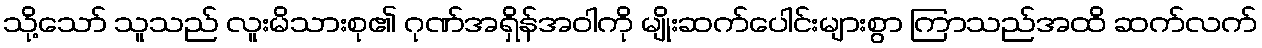
သို့သော် သူသည် လူးမိသားစု၏ ဂုဏ်အရှိန်အဝါကို မျိုးဆက်ပေါင်းများစွာ ကြာသည်အထိ ဆက်လက်